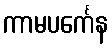
ကာမပင်္ကေန